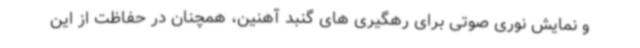
و نمایش نوری صوتی برای رهگیری های گنبد آهنین، همچنان در حفاظت از این